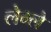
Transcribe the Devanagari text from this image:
लेम्ले